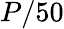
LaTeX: P/50